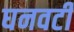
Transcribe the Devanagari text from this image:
घनवटी